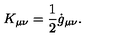
K _ { \mu \nu } = \frac { 1 } { 2 } \dot { g } _ { \mu \nu } .